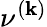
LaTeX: \nu^{(\mathbf{k})}